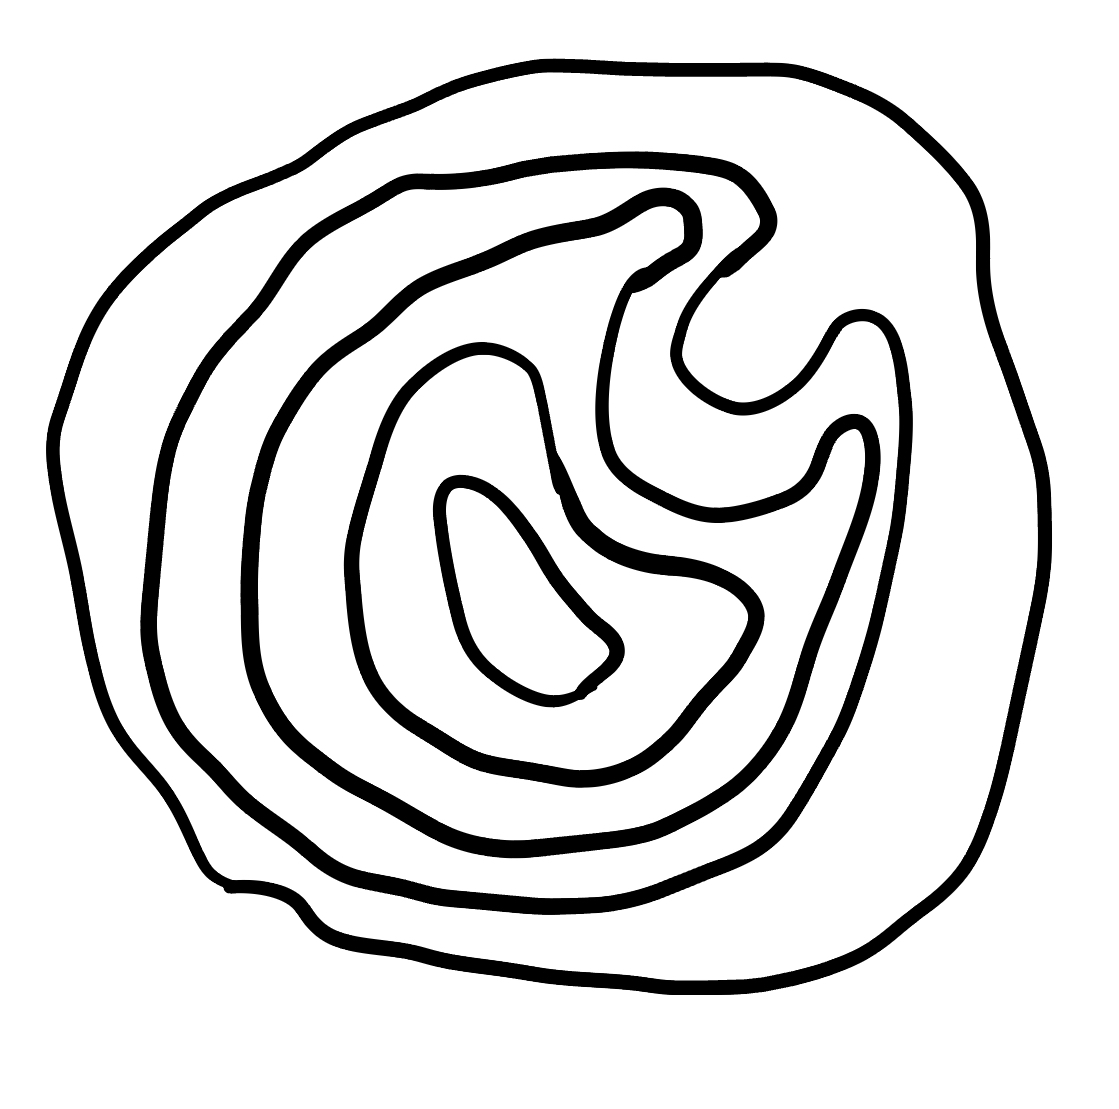
Number of regions (including the outer root region): 6
Containment tree edges (parent, child): 0, 1, 1, 2, 2, 3, 3, 4, 4, 5